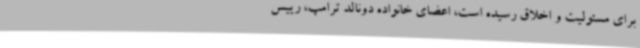
برای مسئولیت و اخلاق رسیده است، اعضای خانواده دونالد ترامپ، رییس